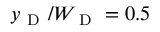
y _ { \mathrm { ~ D ~ } } / W _ { \mathrm { ~ D ~ } } = 0 . 5